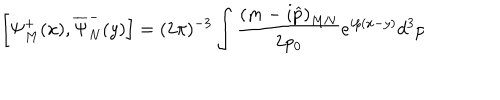
\left[ \Psi _ { M } ^ { + } ( x ) , \overline { { { \Psi } } } _ { N } ^ { - } ( y ) \right] = ( 2 \pi ) ^ { - 3 } \int \frac { \left( m - i \widehat { p } \right) _ { M N } } { 2 p _ { 0 } } e ^ { i p ( x - y ) } d ^ { 3 } p